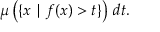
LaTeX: \mu \left( \{ x \mid f ( x ) > t \} \right) \, d t .